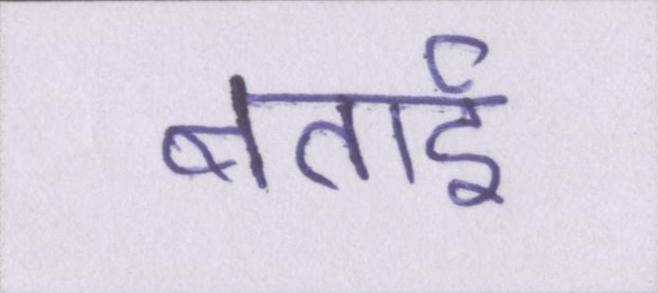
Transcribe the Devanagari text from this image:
बताई